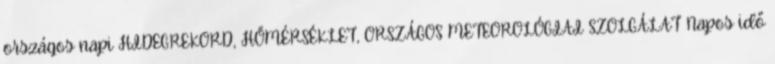
országos napi HIDEGREKORD, HŐMÉRSÉKLET, ORSZÁGOS METEOROLÓGIAI SZOLGÁLAT Napos idő